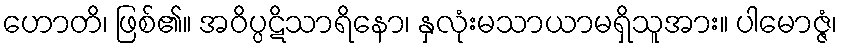
ဟောတိ၊ ဖြစ်၏။ အဝိပ္ပဋိသာရိနော၊ နှလုံးမသာယာမရှိသူအား။ ပါမောဇ္ဇံ၊